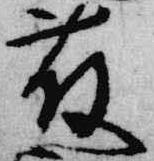
藤